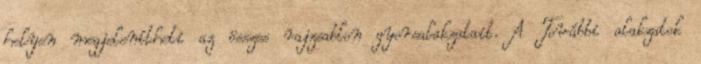
helyen megjelenítheti az összes rajzsablon gyorsalakzatait. A További alakzatok